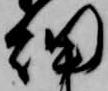
細